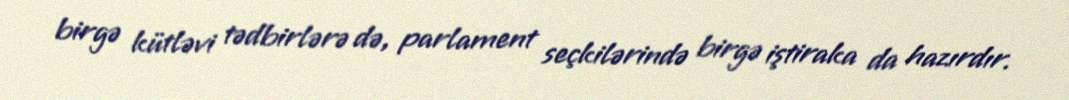
birgə kütləvi tədbirlərə də, parlament seçkilərində birgə iştiraka da hazırdır.